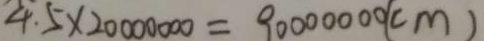
4 . 5 \times 2 0 0 0 0 0 0 0 = 9 0 0 0 0 0 0 0 ( c m )